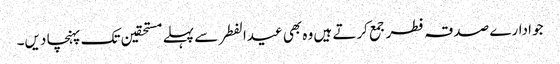
جو ادارے صدقہ فطر جمع کرتے ہیں وہ بھی عیدالفطر سے پہلے مستحقین تک پہنچا دیں۔